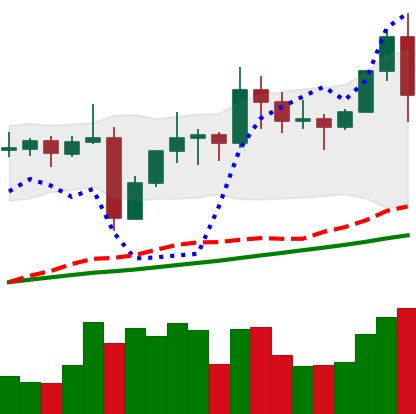
Ticker: TRX-USD
Chart end date: 2021-11-10
Forward return: 15.745%
Label: up_7plus